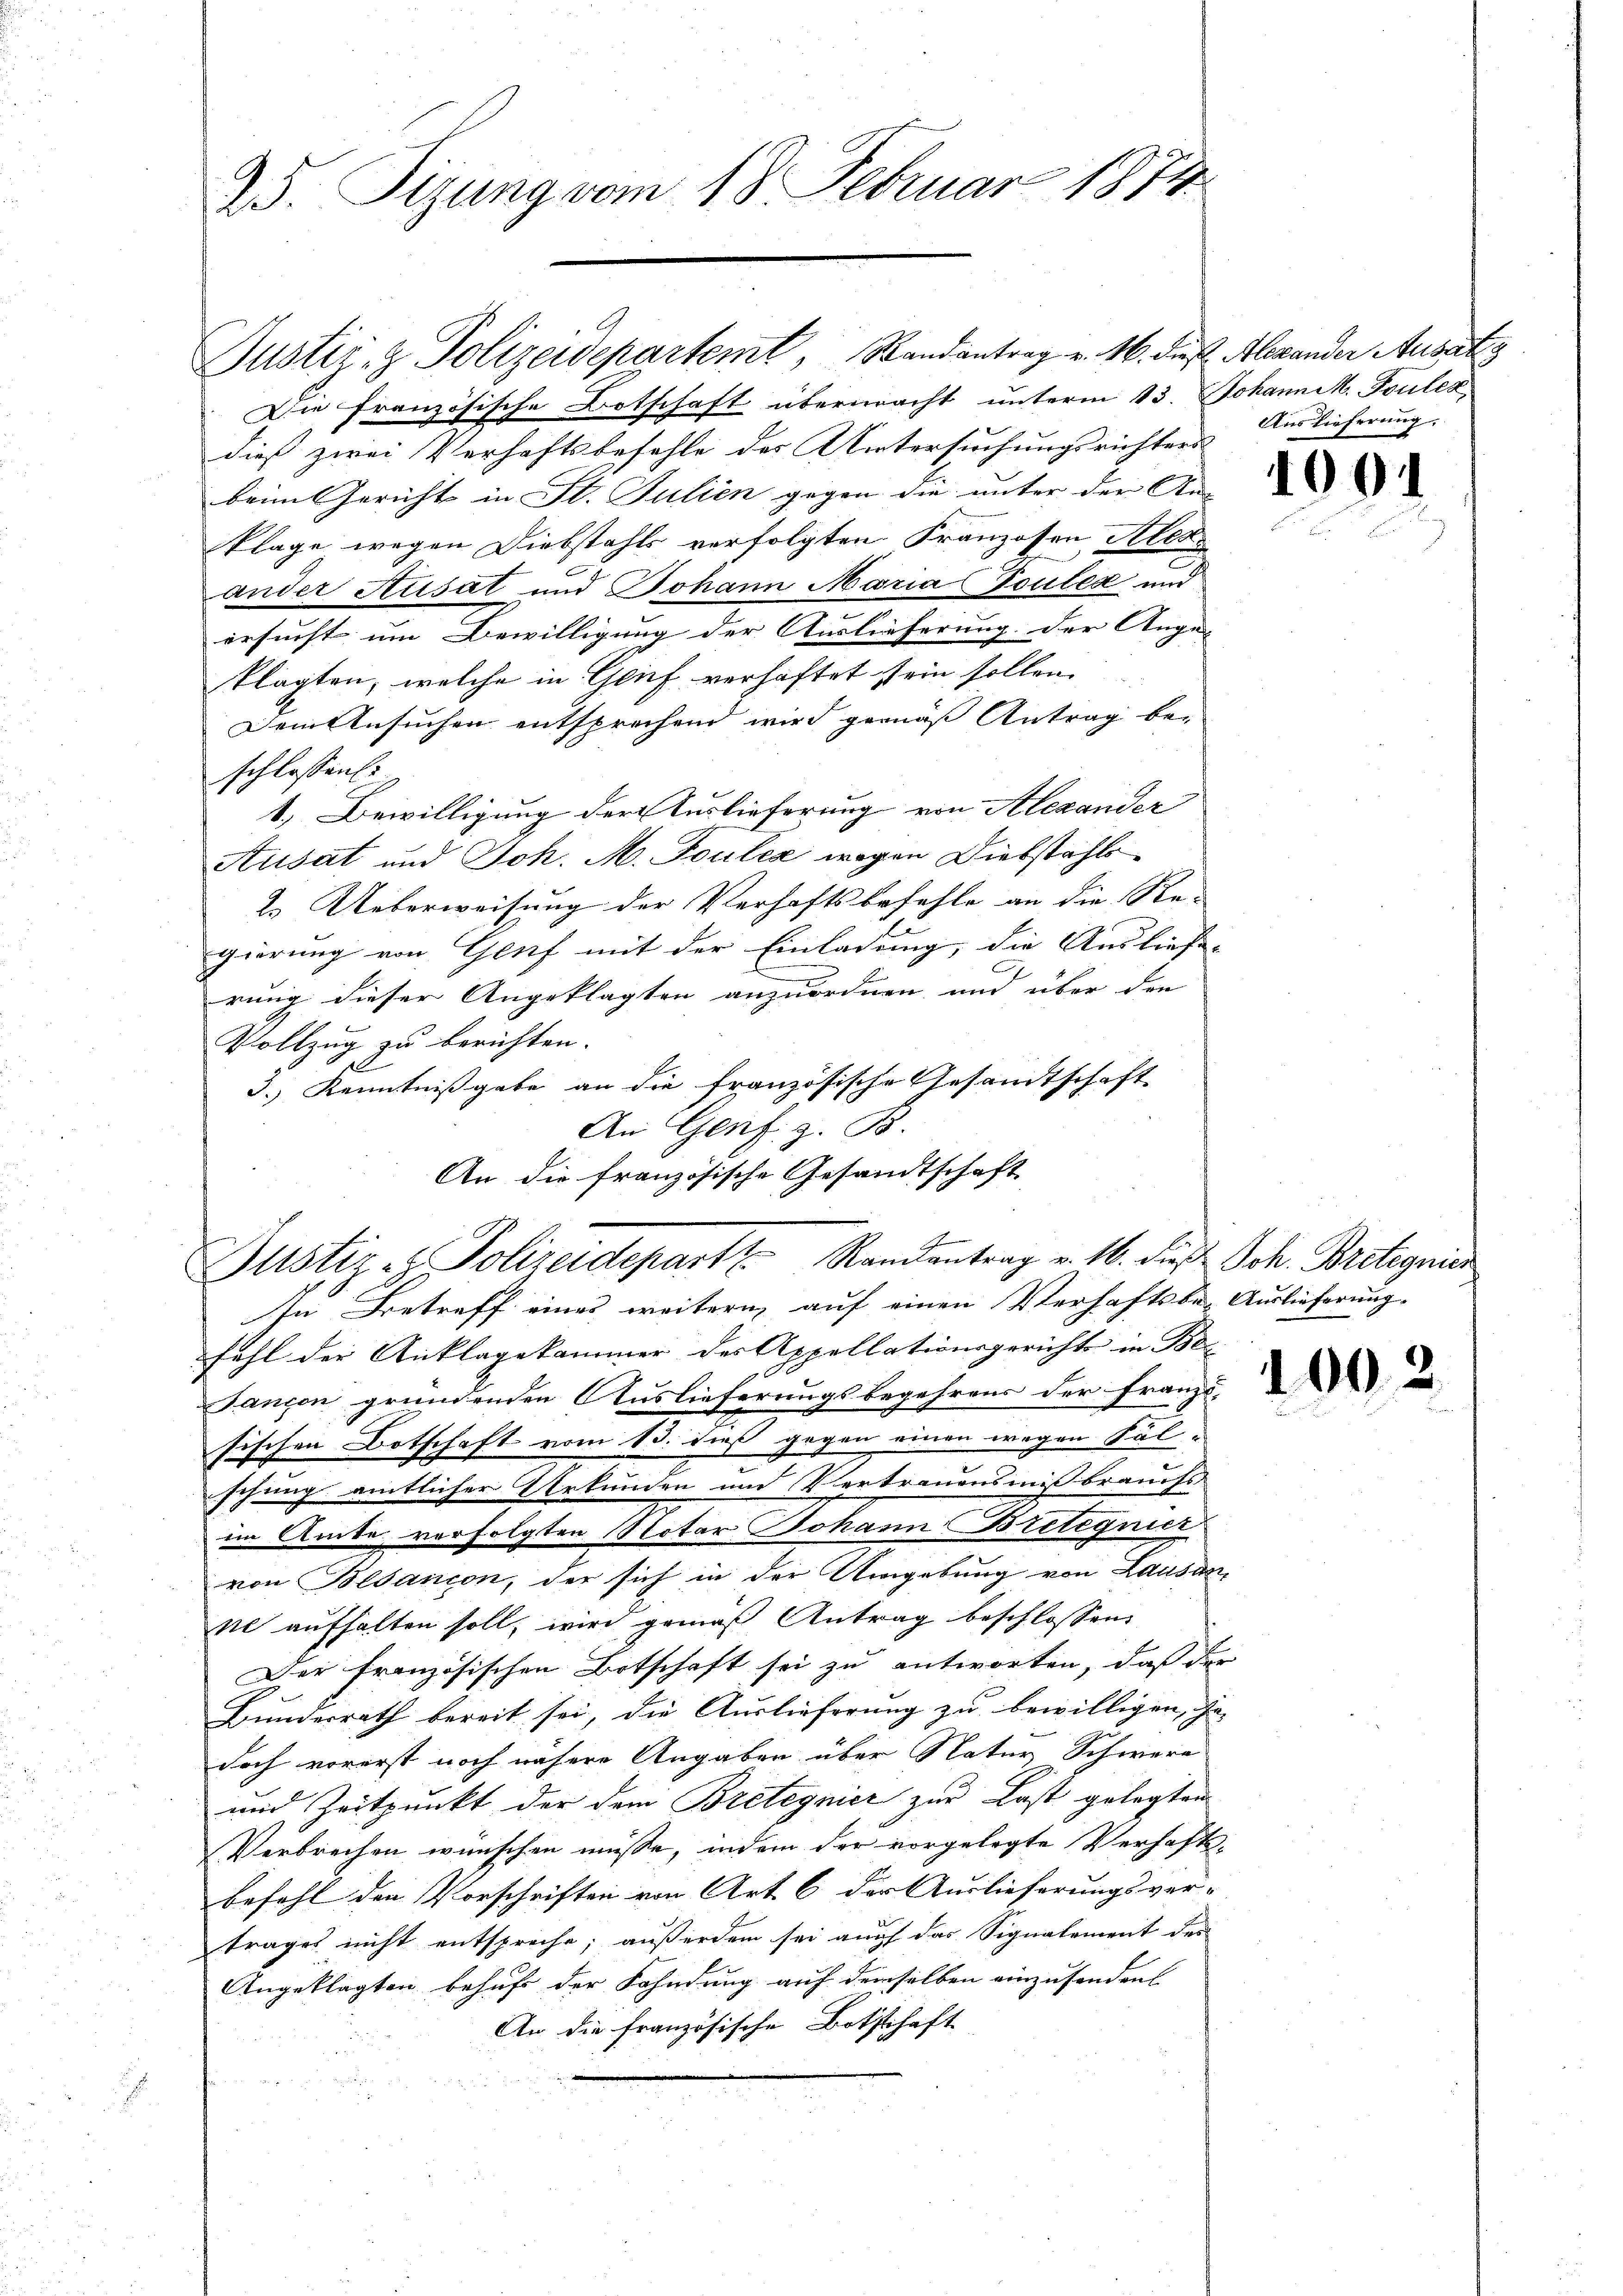
25. Sizung vom 18. Februar 1874

Die französische Botschaft übermacht unterm 13. Johann M. Touler
dieß zwei Verhaftsbefehle des Untersuchungsrichters
beim Gericht in St. Julien gegen die unter der An- |
klage wegen Diebstahls verfolgten Franzosen Ales
ander Ausat und Johann Maria Toulea und
ersucht um Bewilligung der Auslieferung der Ange-
klagten, welche in Grief verhaftet sein sollen
Dem Ansuchen entsprechend wird gemäß Antrag be-
schlossen.
1.) Bewilligung der Auslieferung von Alexander
Ausat und Joh. M. Toules wegen Diebstahls
2. Ueberweisung der Verhaftsbefehle an die Re-
gierung von Genf mit der Einladung, die Ausliefe-
rung dieser Angeklagten anzuordnen und über den
Vollzug zu berichten.
10
3.) Kenntnißgabe an die französische Gesandtschaft
An Genf. z. B.
An die französische Gesandtschaft

Justiz- & Polizeidepartemt, Randantrag v. 16. dieß Alexander Ausatz

d
Justiz- & Polizeidepart Randantrag v. 16. Fuß Joh. Bretagnien
In Betreff eines weitern auf einen Verhaftsbe-Auslieferung-

fahl der Anklagekammer der Appellationsgerichte in Be¬
Jancon gründenden Auslieferungsbegehrens der Franzi-
sischen Botschaft vom 13. dieß gegen einen wegen Fal-
schung amtlicher Urkunden und Vertrauensmißbrauchs
im Amte verfolgten Notar Johann Bretignier
von Blancon, der sich in der Umgebung von Lausanne aufhalten soll, wird gemäß Antrag beschlossen:
Der französischen Botschaft sei zu antworten, daß der
Bundesrath bereit sei, die Auslieferung zu bewilligen, Ge-
u.
doch vorerst noch nähere Angaben über Natur Schwere
und Zeitpunkt der dem Bretegnier zur Last gelegten
Verbrechen wünschen müsse, indem der vorgelegte Verhafts-
befehl den Vorschriften von Art. 6 der Auslieferungsver-
trages nicht entspreche; außerdem sei auch das Signalement des
Angeklagten behufs der Fahndung auf demselben einzusenden
An die französische Boththaft

Auslieferung.

100.

1002